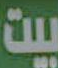
بيت